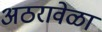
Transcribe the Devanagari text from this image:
अठरावेळा